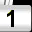
Digit: 1